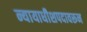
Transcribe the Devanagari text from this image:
न्यायाधीशपदावरून